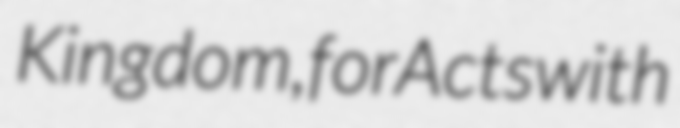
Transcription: Kingdom, for Acts with